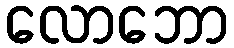
လောဘော